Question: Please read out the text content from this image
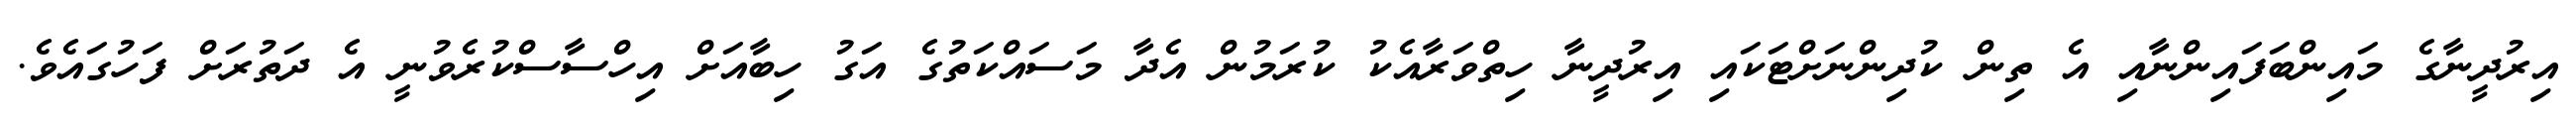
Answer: އިރުދީނާގެ މައިންބަފައިންނާއި އެ ތިން ކުދިންނަށްޓަކައި އިރުދީނާ ހިތްވަރާއެކު ކުރަމުން އެދާ މަސައްކަތުގެ އަގު ހިބާއަށް އިހްސާސްކުރެވުނީ އެ ދަތުރަށް ފަހުގައެވެ.